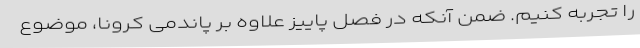
را تجربه کنیم. ضمن آنکه در فصل پاییز علاوه بر پاندمی کرونا، موضوع